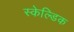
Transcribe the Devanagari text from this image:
स्केल्डिक